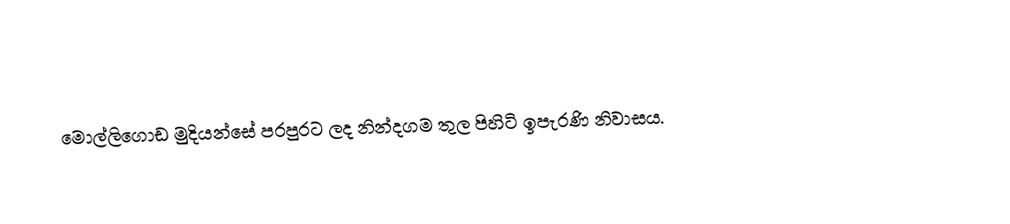
මොල්ලිගොඩ මුදියන්සේ පරපුරට ලද නින්දගම තුල පිහිටි ඉපැරණි නිවාසය.